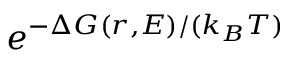
e ^ { { - \Delta G ( r , E ) } / { ( k _ { B } T ) } }